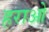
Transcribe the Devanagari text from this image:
हराओ